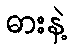
ဓားနဲ့